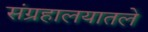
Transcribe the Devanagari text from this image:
संग्रहालयातले